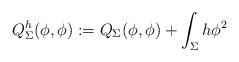
LaTeX: \begin{align*} Q^h_{\Sigma}(\phi, \phi) := Q_{\Sigma}(\phi, \phi) + \int_{\Sigma} h\phi^2 \end{align*}